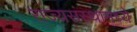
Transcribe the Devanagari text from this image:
राज्यसंस्थामध्ये